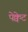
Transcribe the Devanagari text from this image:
पेक्वेट